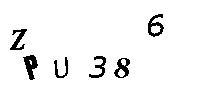
ZPU386